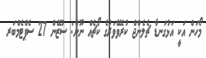
މޯހަން އަކީ އަޅުގަނޑާ ޗެލެންޖް ކުރެވޭވަރުގެ ކޯޗެއް ނޫން: ސުޒޭން 27 ސެޕްޓެމްބަރ